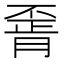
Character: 𦝽